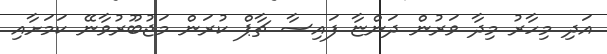
އަދި މިހާރު މިދާ ވަރުން ދަންޏާ ފައިސާ ޗާޕް ކުރަން މަޖުބޫރުވާނޭ ކަމަށާއި